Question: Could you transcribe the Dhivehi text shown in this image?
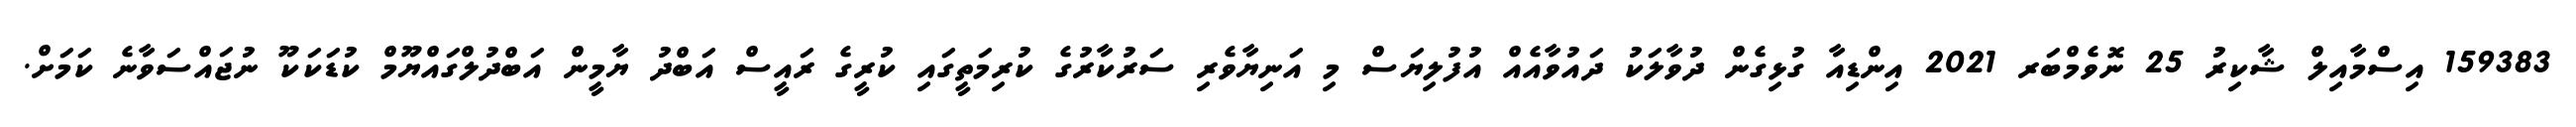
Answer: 159383 އިސްމާއިލް ޝާކިރު 25 ނޮވެމްބަރ 2021 އިންޑިއާ ގުޅިގެން ދުވާލަކު ދައުވާއެއް އުފުލިޔަސް މި އަނިޔާވެރި ސަރުކާރުގެ ކުރިމަތީގައި ކުރީގެ ރައީސް އަބްދު ޔާމީން އަބްދުލްގައްޔޫމް ކުޑަކަކޫ ނުޖައްސަވާނެ ކަމަށް.